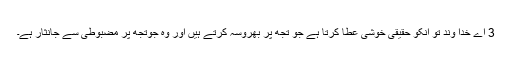
3 اے خدا وند تو انکو حقیقی خوشی عطا کرتا ہے جو تجھ پر بھروسہ کرتے ہیں اور وہ جوتجھ پر مضبوطی سے جانثار ہے۔